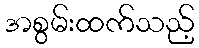
အစွမ်းထက်သည့်